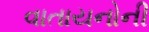
વાતાયનોની